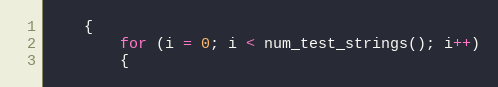
Language: C
	{
		for (i = 0; i < num_test_strings(); i++)
		{